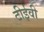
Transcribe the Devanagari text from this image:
टीईवी